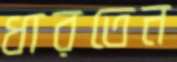
ধারতেন